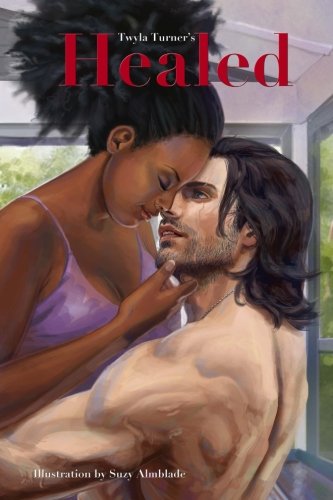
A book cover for Healed (Damaged Souls) (Volume 3); Twyla Turner; Romance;